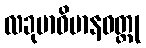
လခုမာဝိမာနဝတ္ထု